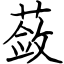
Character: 蔹